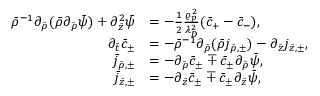
\begin{array} { r l } { \bar { \rho } ^ { - 1 } \partial _ { \bar { \rho } } ( \bar { \rho } \partial _ { \bar { \rho } } \bar { \psi } ) + \partial _ { \bar { z } } ^ { 2 } \bar { \psi } } & { = - \frac { 1 } { 2 } \frac { \varrho _ { p } ^ { 2 } } { \lambda _ { D } ^ { 2 } } ( \bar { c } _ { + } - \bar { c } _ { - } ) , } \\ { \partial _ { \bar { t } } \bar { c } _ { \pm } } & { = - \bar { \rho } ^ { - 1 } \partial _ { \bar { \rho } } ( \bar { \rho } j _ { \bar { \rho } , \pm } ) - \partial _ { \bar { z } } j _ { \bar { z } , \pm } , } \\ { \bar { j } _ { \bar { \rho } , \pm } } & { = - \partial _ { \bar { \rho } } \bar { c } _ { \pm } \mp \bar { c } _ { \pm } \partial _ { \bar { \rho } } \bar { \psi } , } \\ { \bar { j } _ { \bar { z } , \pm } } & { = - \partial _ { \bar { z } } \bar { c } _ { \pm } \mp \bar { c } _ { \pm } \partial _ { \bar { z } } \bar { \psi } , } \end{array}